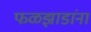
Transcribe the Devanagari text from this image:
फळझाडांना